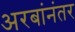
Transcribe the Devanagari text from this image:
अरबांनंतर